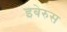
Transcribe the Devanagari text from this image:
इबेरुस